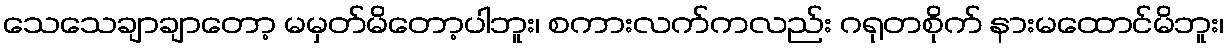
သေသေချာချာတော့ မမှတ်မိတော့ပါဘူး၊ စကားလက်ကလည်း ဂရုတစိုက် နားမထောင်မိဘူး၊